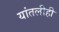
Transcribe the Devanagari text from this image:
यांतलीही